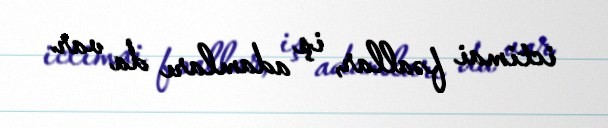
ictimai fəallar, iş adamları da var.